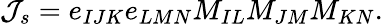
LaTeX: {\cal J}_{s}=e_{IJK}e_{LMN}M_{IL}M_{JM}M_{KN}.